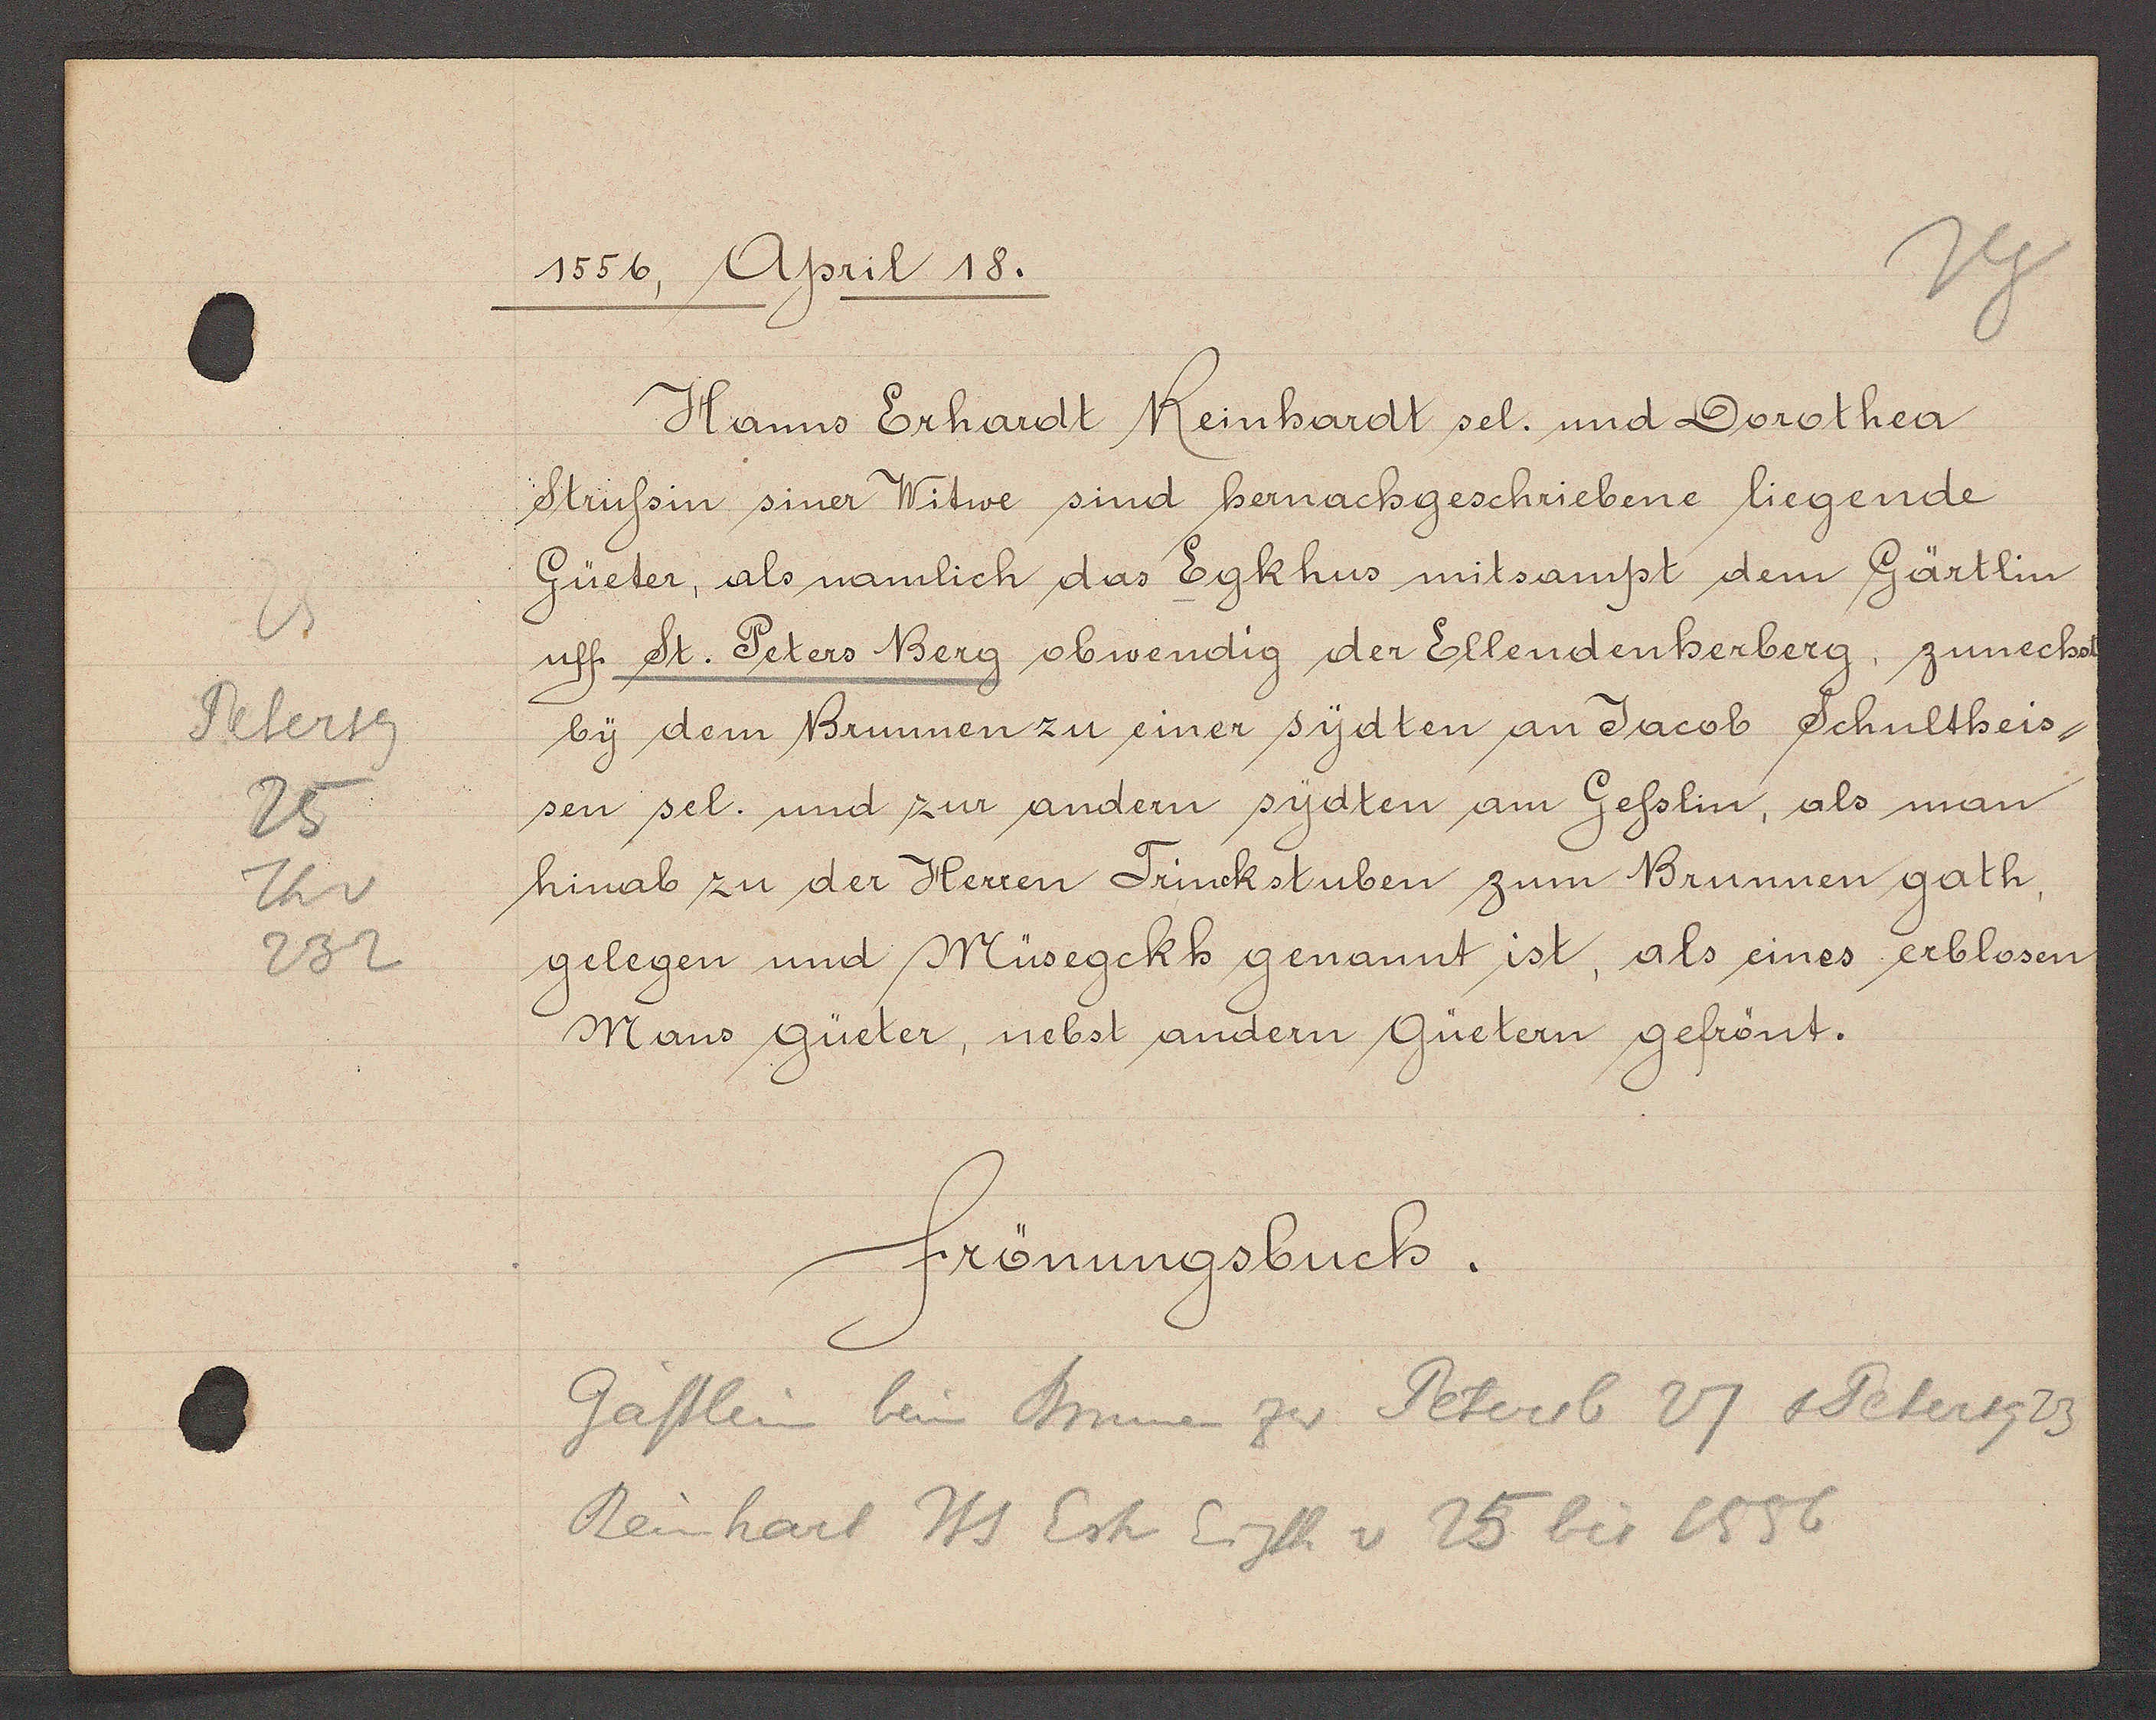
Transcript:
25
Petersg
25
Th v
232

1556, April 18.

Hanns Erhardt Reinhardt sel. und Dorothea
Strussin siner Witwe sind hernachgeschriebene liegende
Güeter, als namlich das Egkhus mitsampt dem Gärtlin
uff st. Peters Berg obwendig der Ellendenherberg, zunechst
by dem Brumnen zu einer sydten an Jacob Schultheis,
sen sel. und zur andern sydten am Gesslin, als man
hinab zu der Herren Trinckstuben zum Brunnen gath,
gelegen und Müsegckh genannt ist, als eines erblosen
Mans gueter, nebst andern Güetern gefrönt.

Frönungsbuch.

Gässlein bein Brunnen zw. Petersb 27 +Petersg 23
Reinhart Hs Esh Eigth v 25 bis 1556